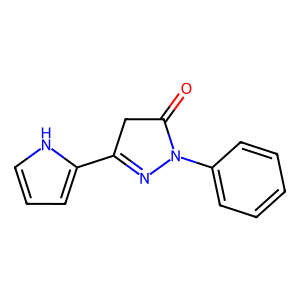
SMILES: O=C1CC(c2ccc[nH]2)=NN1c1ccccc1
Inhibits HIV replication: No